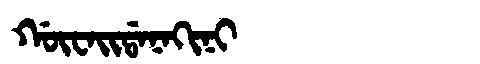
Manchu: ᡤᡡᠸᠠᡳᡩᠠᠨᠠᡴᡳᠨᡳ
Romanization: GŪWAIDANAKINI